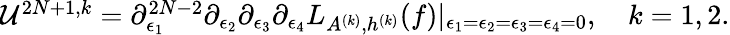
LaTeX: \begin{array}{r}{\mathcal{U}^{2N+1,k}=\partial_{\epsilon_{1}}^{2N-2}\partial_{\epsilon_{2}}\partial_{\epsilon_{3}}\partial_{\epsilon_{4}}L_{A^{(k)},h^{(k)}}(f)|_{\epsilon_{1}=\epsilon_{2}=\epsilon_{3}=\epsilon_{4}=0},\quad k=1,2.}\end{array}